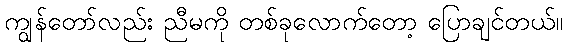
ကျွန်တော်လည်း ညီမကို တစ်ခုလောက်တော့ ပြောချင်တယ်။